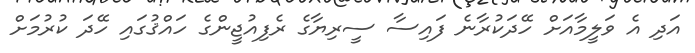
އަދި އެ ވަލީމާއަށް ހޭދަކުރާނެ ފައިސާ ސީރިޔާގެ ރެފިއުޖީންގެ ހައްޤުގައި ހޭދަ ކުރުމަށް